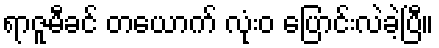
ရာဇူမီခင် တယောက် လုံးဝ ပြောင်းလဲခဲ့ပြီ။